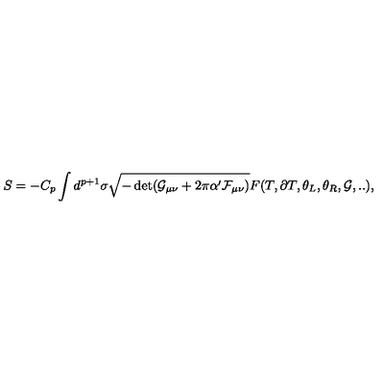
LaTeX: S = - C _ { p } \int d ^ { p + 1 } \sigma \sqrt { - \det ( \mathcal { G } _ { \mu \nu } + 2 \pi \alpha ^ { \prime } \mathcal { F } _ { \mu \nu } ) } F ( T , \partial T , \theta _ { L } , \theta _ { R } , \mathcal { G } , . . ) ,